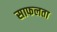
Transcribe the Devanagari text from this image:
साफलता